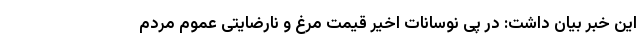
این خبر بیان داشت: در پی نوسانات اخیر قیمت مرغ و نارضایتی عموم مردم